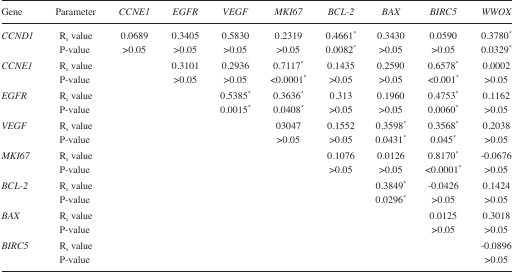
<table><thead><tr><td><b>Gene</b></td><td><b>Parameter</b></td><td><b><i>CCNE1</i></b></td><td><b><i>EGFR</i></b></td><td><b><i>VEGF</i></b></td><td><b><i>MKI67</i></b></td><td><b><i>BCL-2</i></b></td><td><b><i>BAX</i></b></td><td><b><i>BIRC5</i></b></td><td><b><i>WWOX</i></b></td></tr></thead><tbody><tr><td><i>CCND1</i></td><td>R<sub>s</sub> value</td><td>0.0689</td><td>0.3405</td><td>0.5830</td><td>0.2319</td><td>0.4661*</td><td>0.3430</td><td>0.0590</td><td>0.3780*</td></tr><tr><td></td><td>P-value</td><td>&gt;0.05</td><td>&gt;0.05</td><td>&gt;0.05</td><td>&gt;0.05</td><td>0.0082*</td><td>&gt;0.05</td><td>&gt;0.05</td><td>0.0329*</td></tr><tr><td><i>CCNE1</i></td><td>R<sub>s</sub> value</td><td></td><td>0.3101</td><td>0.2936</td><td>0.7117*</td><td>0.1435</td><td>0.2590</td><td>0.6578*</td><td>0.0002</td></tr><tr><td></td><td>P-value</td><td></td><td>&gt;0.05</td><td>&gt;0.05</td><td>&lt;0.0001*</td><td>&gt;0.05</td><td>&gt;0.05</td><td>&lt;0.001*</td><td>&gt;0.05</td></tr><tr><td><i>EGFR</i></td><td>R<sub>s</sub> value</td><td></td><td></td><td>0.5385*</td><td>0.3636*</td><td>0.313</td><td>0.1960</td><td>0.4753*</td><td>0.1162</td></tr><tr><td></td><td>P-value</td><td></td><td></td><td>0.0015*</td><td>0.0408*</td><td>&gt;0.05</td><td>&gt;0.05</td><td>0.0060*</td><td>&gt;0.05</td></tr><tr><td><i>VEGF</i></td><td>R<sub>s</sub> value</td><td></td><td></td><td></td><td>03047</td><td>0.1552</td><td>0.3598*</td><td>0.3568*</td><td>0.2038</td></tr><tr><td></td><td>P-value</td><td></td><td></td><td></td><td>&gt;0.05</td><td>&gt;0.05</td><td>0.0431*</td><td>0.045*</td><td>&gt;0.05</td></tr><tr><td><i>MKI67</i></td><td>R<sub>s</sub> value</td><td></td><td></td><td></td><td></td><td>0.1076</td><td>0.0126</td><td>0.8170*</td><td>−0.0676</td></tr><tr><td></td><td>P-value</td><td></td><td></td><td></td><td></td><td>&gt;0.05</td><td>&gt;0.05</td><td>&lt;0.0001*</td><td>&gt;0.05</td></tr><tr><td><i>BCL-2</i></td><td>R<sub>s</sub> value</td><td></td><td></td><td></td><td></td><td></td><td>0.3849*</td><td>−0.0426</td><td>0.1424</td></tr><tr><td></td><td>P-value</td><td></td><td></td><td></td><td></td><td></td><td>0.0296*</td><td>&gt;0.05</td><td>&gt;0.05</td></tr><tr><td><i>BAX</i></td><td>R<sub>s</sub> value</td><td></td><td></td><td></td><td></td><td></td><td></td><td>0.0125</td><td>0.3018</td></tr><tr><td></td><td>P-value</td><td></td><td></td><td></td><td></td><td></td><td></td><td>&gt;0.05</td><td>&gt;0.05</td></tr><tr><td><i>BIRC5</i></td><td>R<sub>s</sub> value</td><td></td><td></td><td></td><td></td><td></td><td></td><td></td><td>−0.0896</td></tr><tr><td></td><td>P-value</td><td></td><td></td><td></td><td></td><td></td><td></td><td></td><td>&gt;0.05</td></tr></tbody></table>